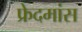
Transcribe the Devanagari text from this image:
फ्रेदमांस